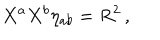
X ^ { a } X ^ { b } \eta _ { a b } = R ^ { 2 } \, ,